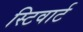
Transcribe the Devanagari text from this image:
स्टिवार्ट